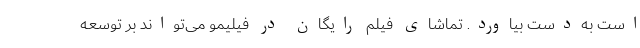
است به‌دست بیاورد. تماشای فیلم رایگان در فیلیمو می‌تواند بر توسعه